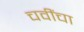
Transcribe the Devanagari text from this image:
चवींचा